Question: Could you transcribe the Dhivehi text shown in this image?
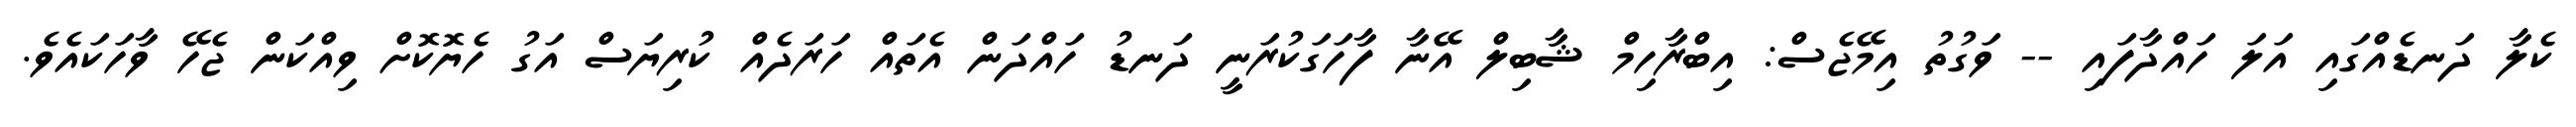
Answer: ކެލާ ދަނޑެއްގައި އަލަ ހައްދާފައި -- ވަގުތު އިމޭޖެސް: އިބްރާހިމް ޝާބިލް އޭނާ ފާހަގަކުރަނީ ދަނޑު ހައްދަން އެތައް ހަރަދެއް ކުރިޔަސް އަގު ހެޔޮކޮށް ވިއްކަން ޖެހޭ ވާހަކައެވެ.